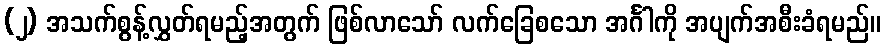
(၂) အသက်စွန့်လွှတ်ရမည့်အတွက် ဖြစ်လာသော် လက်ခြေစသော အင်္ဂါကို အပျက်အစီးခံရမည်။